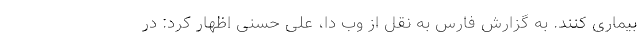
بیماری کنند. به گزارش فارس به نقل از وب دا، علی حسنی اظهار کرد: در